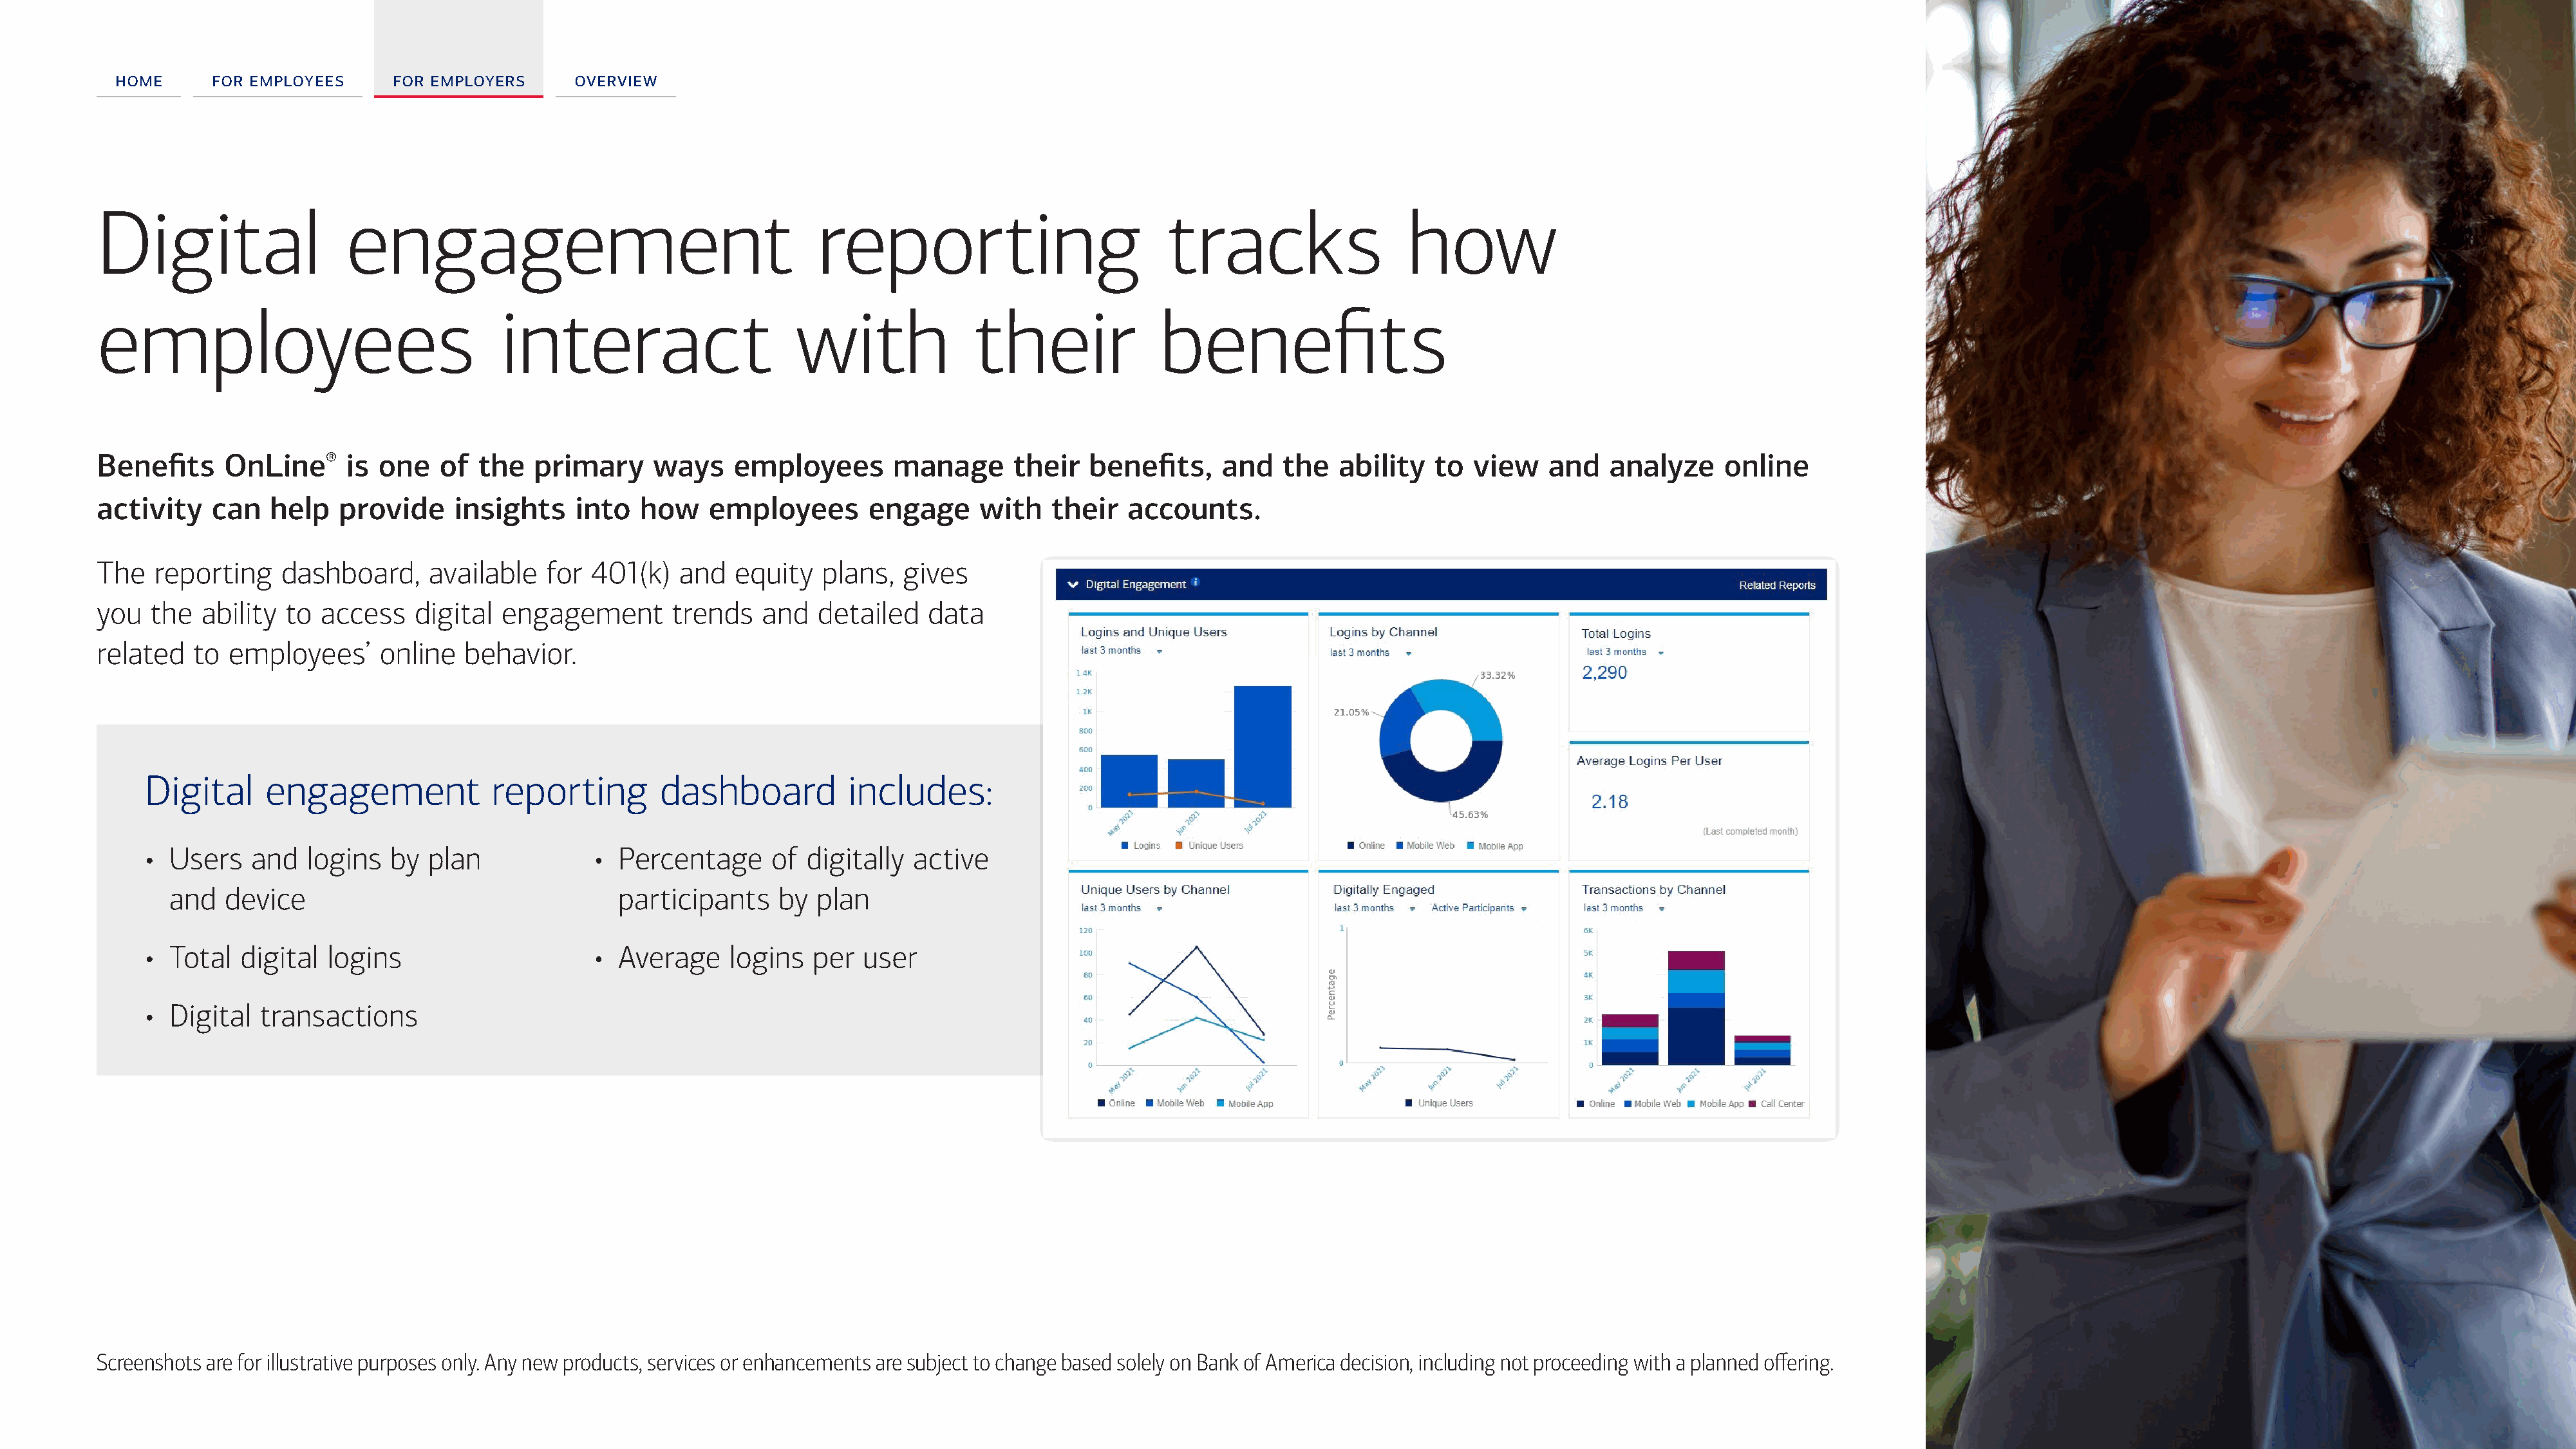
home      for employees     for employers      overview
 Digital                   engagement                                      reporting                           tracks                   how
 employees                                interact                       with              their              benefits
 Benefits     OnLine®      is one   of  the   primary     ways    employees        manage      their   benefits,     and   the   ability  to  view    and   analyze     online
 activity    can   help   provide     insights    into   how    employees       engage      with   their   accounts.
 The   reporting    dashboard,     available   for  401(k)   and   equity  plans,   gives
 you  the   ability to  access    digital  engagement       trends   and   detailed   data
 related   to employees’      online   behavior.
 Digital     engagement             reporting         dashboard          includes:
 • Users    and   logins  by  plan             •  Percentage     of  digitally  active
 and   device                                   participants    by  plan
 • Total   digital  logins                     •  Average    logins   per  user
 • Digital   transactions
 Screenshots are for illustrative purposes only. Any new products, services or enhancements are subject to change based solely on Bank of America decision, including not proceeding with a planned offering.